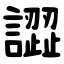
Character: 譅